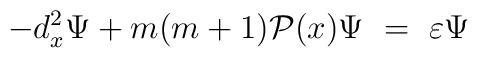
- d_x^2 \Psi + m(m + 1) {\cal P}(x) \Psi \ =\  \varepsilon \Psi